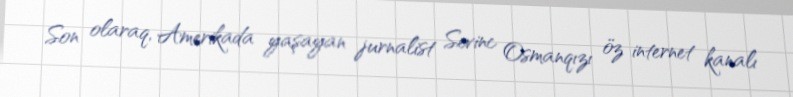
Son olaraq, Amerikada yaşayan jurnalist Sevinc Osmanqızı öz internet kanalı